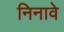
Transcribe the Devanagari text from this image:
निनावे